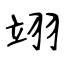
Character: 翊